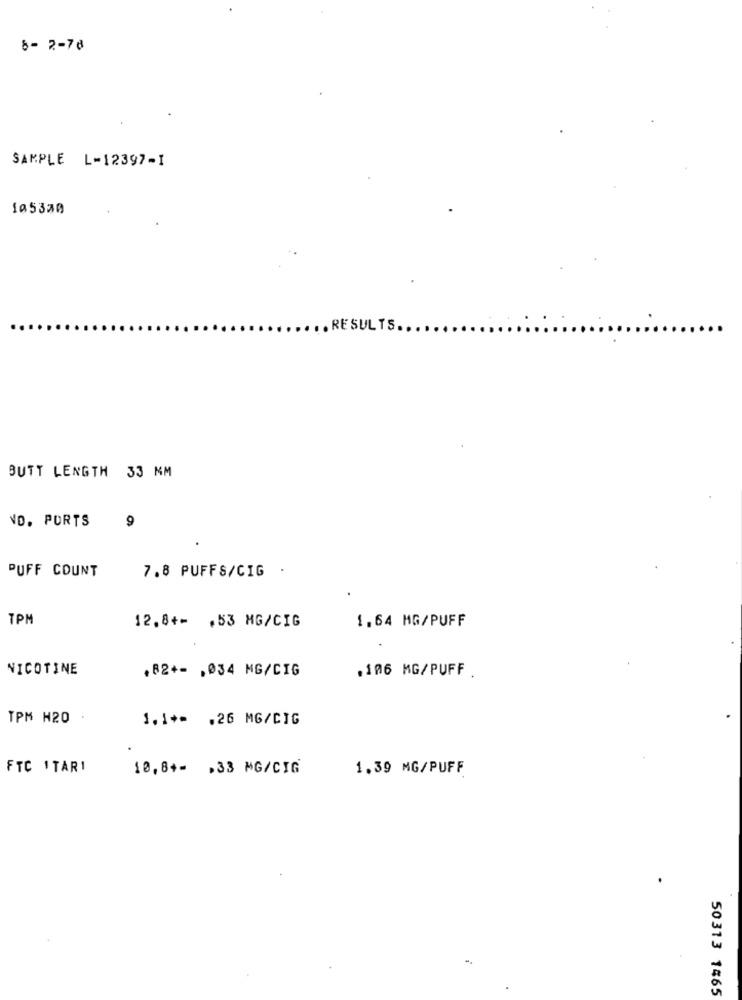
6- 2-78
SAMPLE L-12397-1
195330
RESULTS ..
BUTT LENGTH 33 MM
NO. PORTS
9
PUFF COUNT
7.8 PUFFS/CIG .
TPM
12.8+- . 53 MG/CIG
1.64 MG/PUFF
NICOTINE
.82+- , 034 MG/CIG
.106 MG/PUFF .
TPM H20 .
1.1+= . 26 MG/CIG
FTC ITARI
10,8+- . 33 MG/CIG
1.39 MG/PUFF
50313 1465